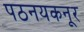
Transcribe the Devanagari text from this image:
पठनयकनूर